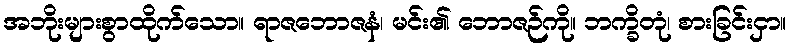
အဘိုးများစွာထိုက်သော။ ရာဇဘောဇနံ၊ မင်း၏ ဘောဇဉ်ကို။ ဘက္ခိတုံ၊ စားခြင်းငှာ။